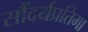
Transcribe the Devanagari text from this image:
सौंदर्यप्रतिमा